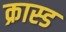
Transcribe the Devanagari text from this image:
क्रास्ड